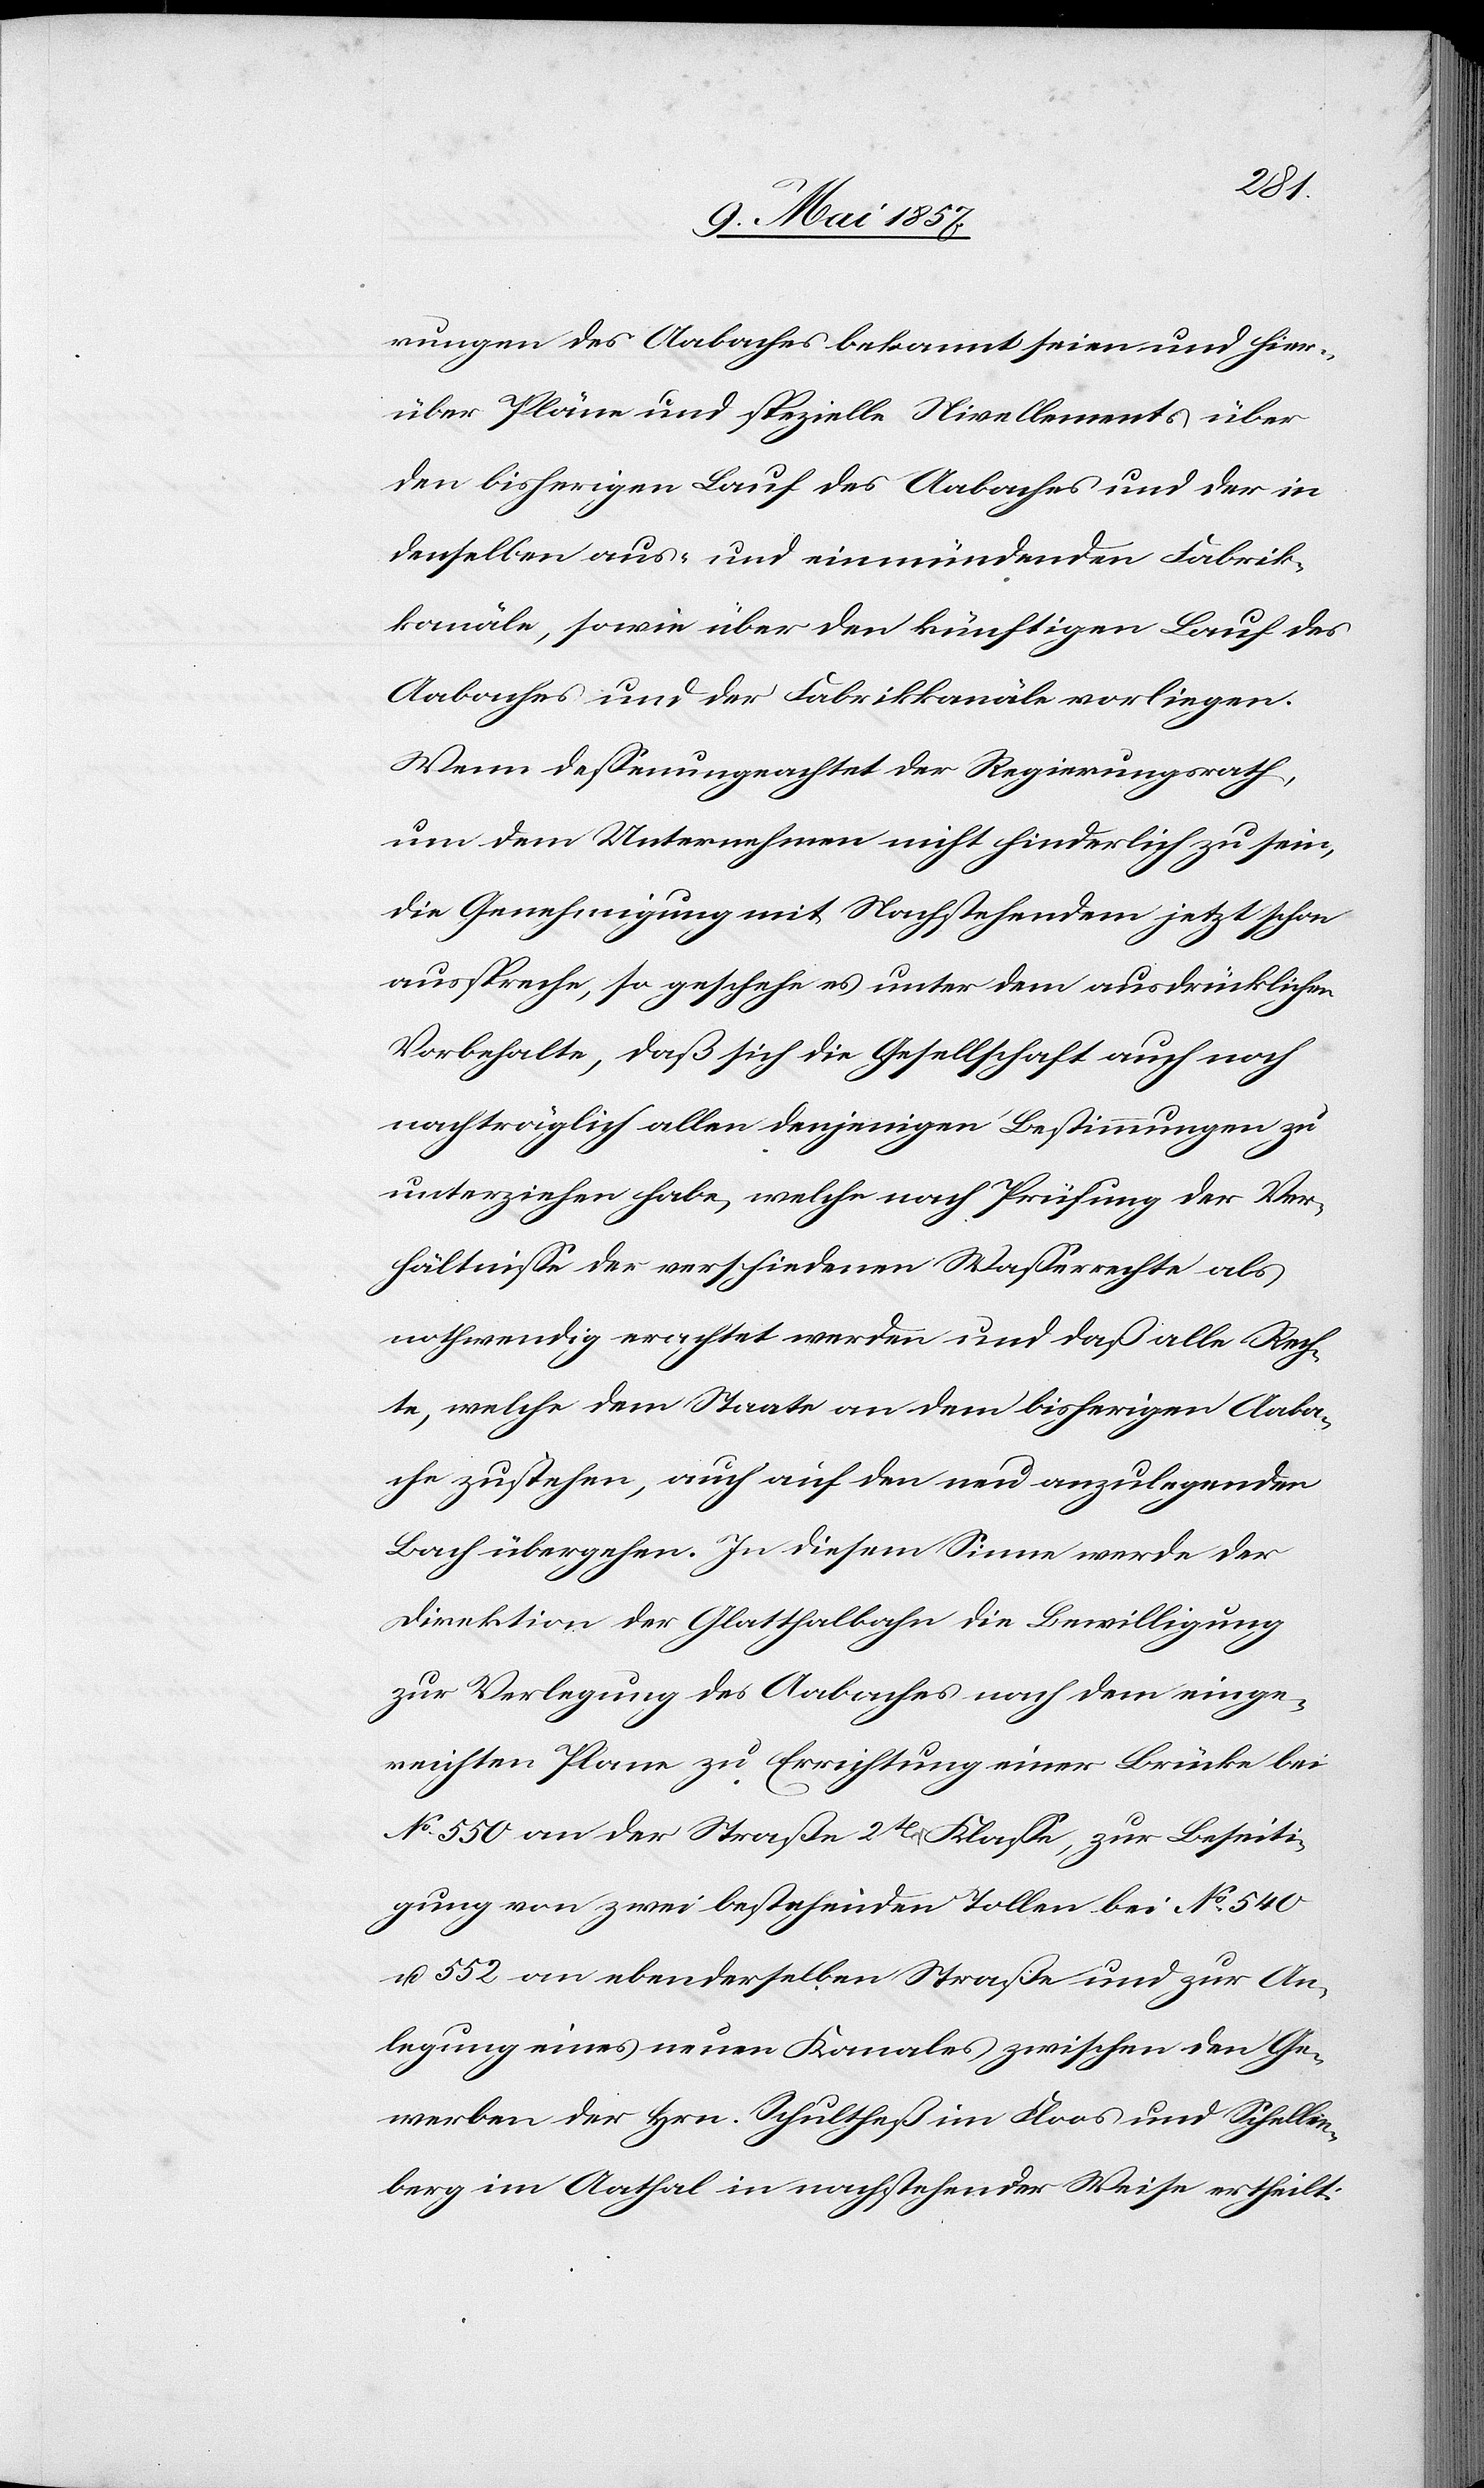
rungen des Aabaches bekannt seien und hier¬
über Pläne und spezielle Nivellement über
den bisherigen Lauf des Aabaches und der in
denselben aus- und einmündenden Fabrik¬
kanäle, sowie über den künftigen Lauf des
Aabaches und der Fabrikkanäle vorliegen.
Wenn dessen ungeachtet der Regierungsrath,
um dem Unternehmen nicht hinderlich zu sein,
die Genehmigung mit Nachstehendem jetzt schon
ausspreche, so geschehe es unter dem ausdrücklichen
Vorbehalte, daß sich die Gesellschaft auch noch
nachträglich allen denjenigen Bestimmungen zu
unterziehen habe, welche nach Prüfung der Ver¬
hältnisse der verschiedenen Wasserrechte als
nothwendig erachtet werden und daß alle Rech¬
te, welche dem Staate an dem bisherigen Aaba¬
che zustehen, auch auf den neu anzulegenden
Bach übergehen. In diesem Sinne werde der
Direktion der Glatthalbahn die Bewilligung
zur Verlegung des Aabaches nach dem einge¬
reichten Plane zu Errichtung einer Brücke bei
No 550 an der Straße 2tr Klasse, zur Beseiti¬
gung von zwei bestehenden Tollen bei No 540
u. 552 an ebenderselben Straße und zur An¬
legung eines neuen Kanales zwischen den Ge¬
werben der Hrn. Schultheß im Floos und Schellen¬
berg im Aathal in nachstehender Weise ertheilt: